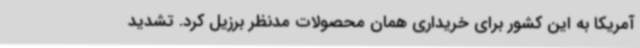
آمریکا به این کشور برای خریداری همان محصولات مدنظر برزیل کرد. تشدید